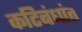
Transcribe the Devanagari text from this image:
कटिबंधांत